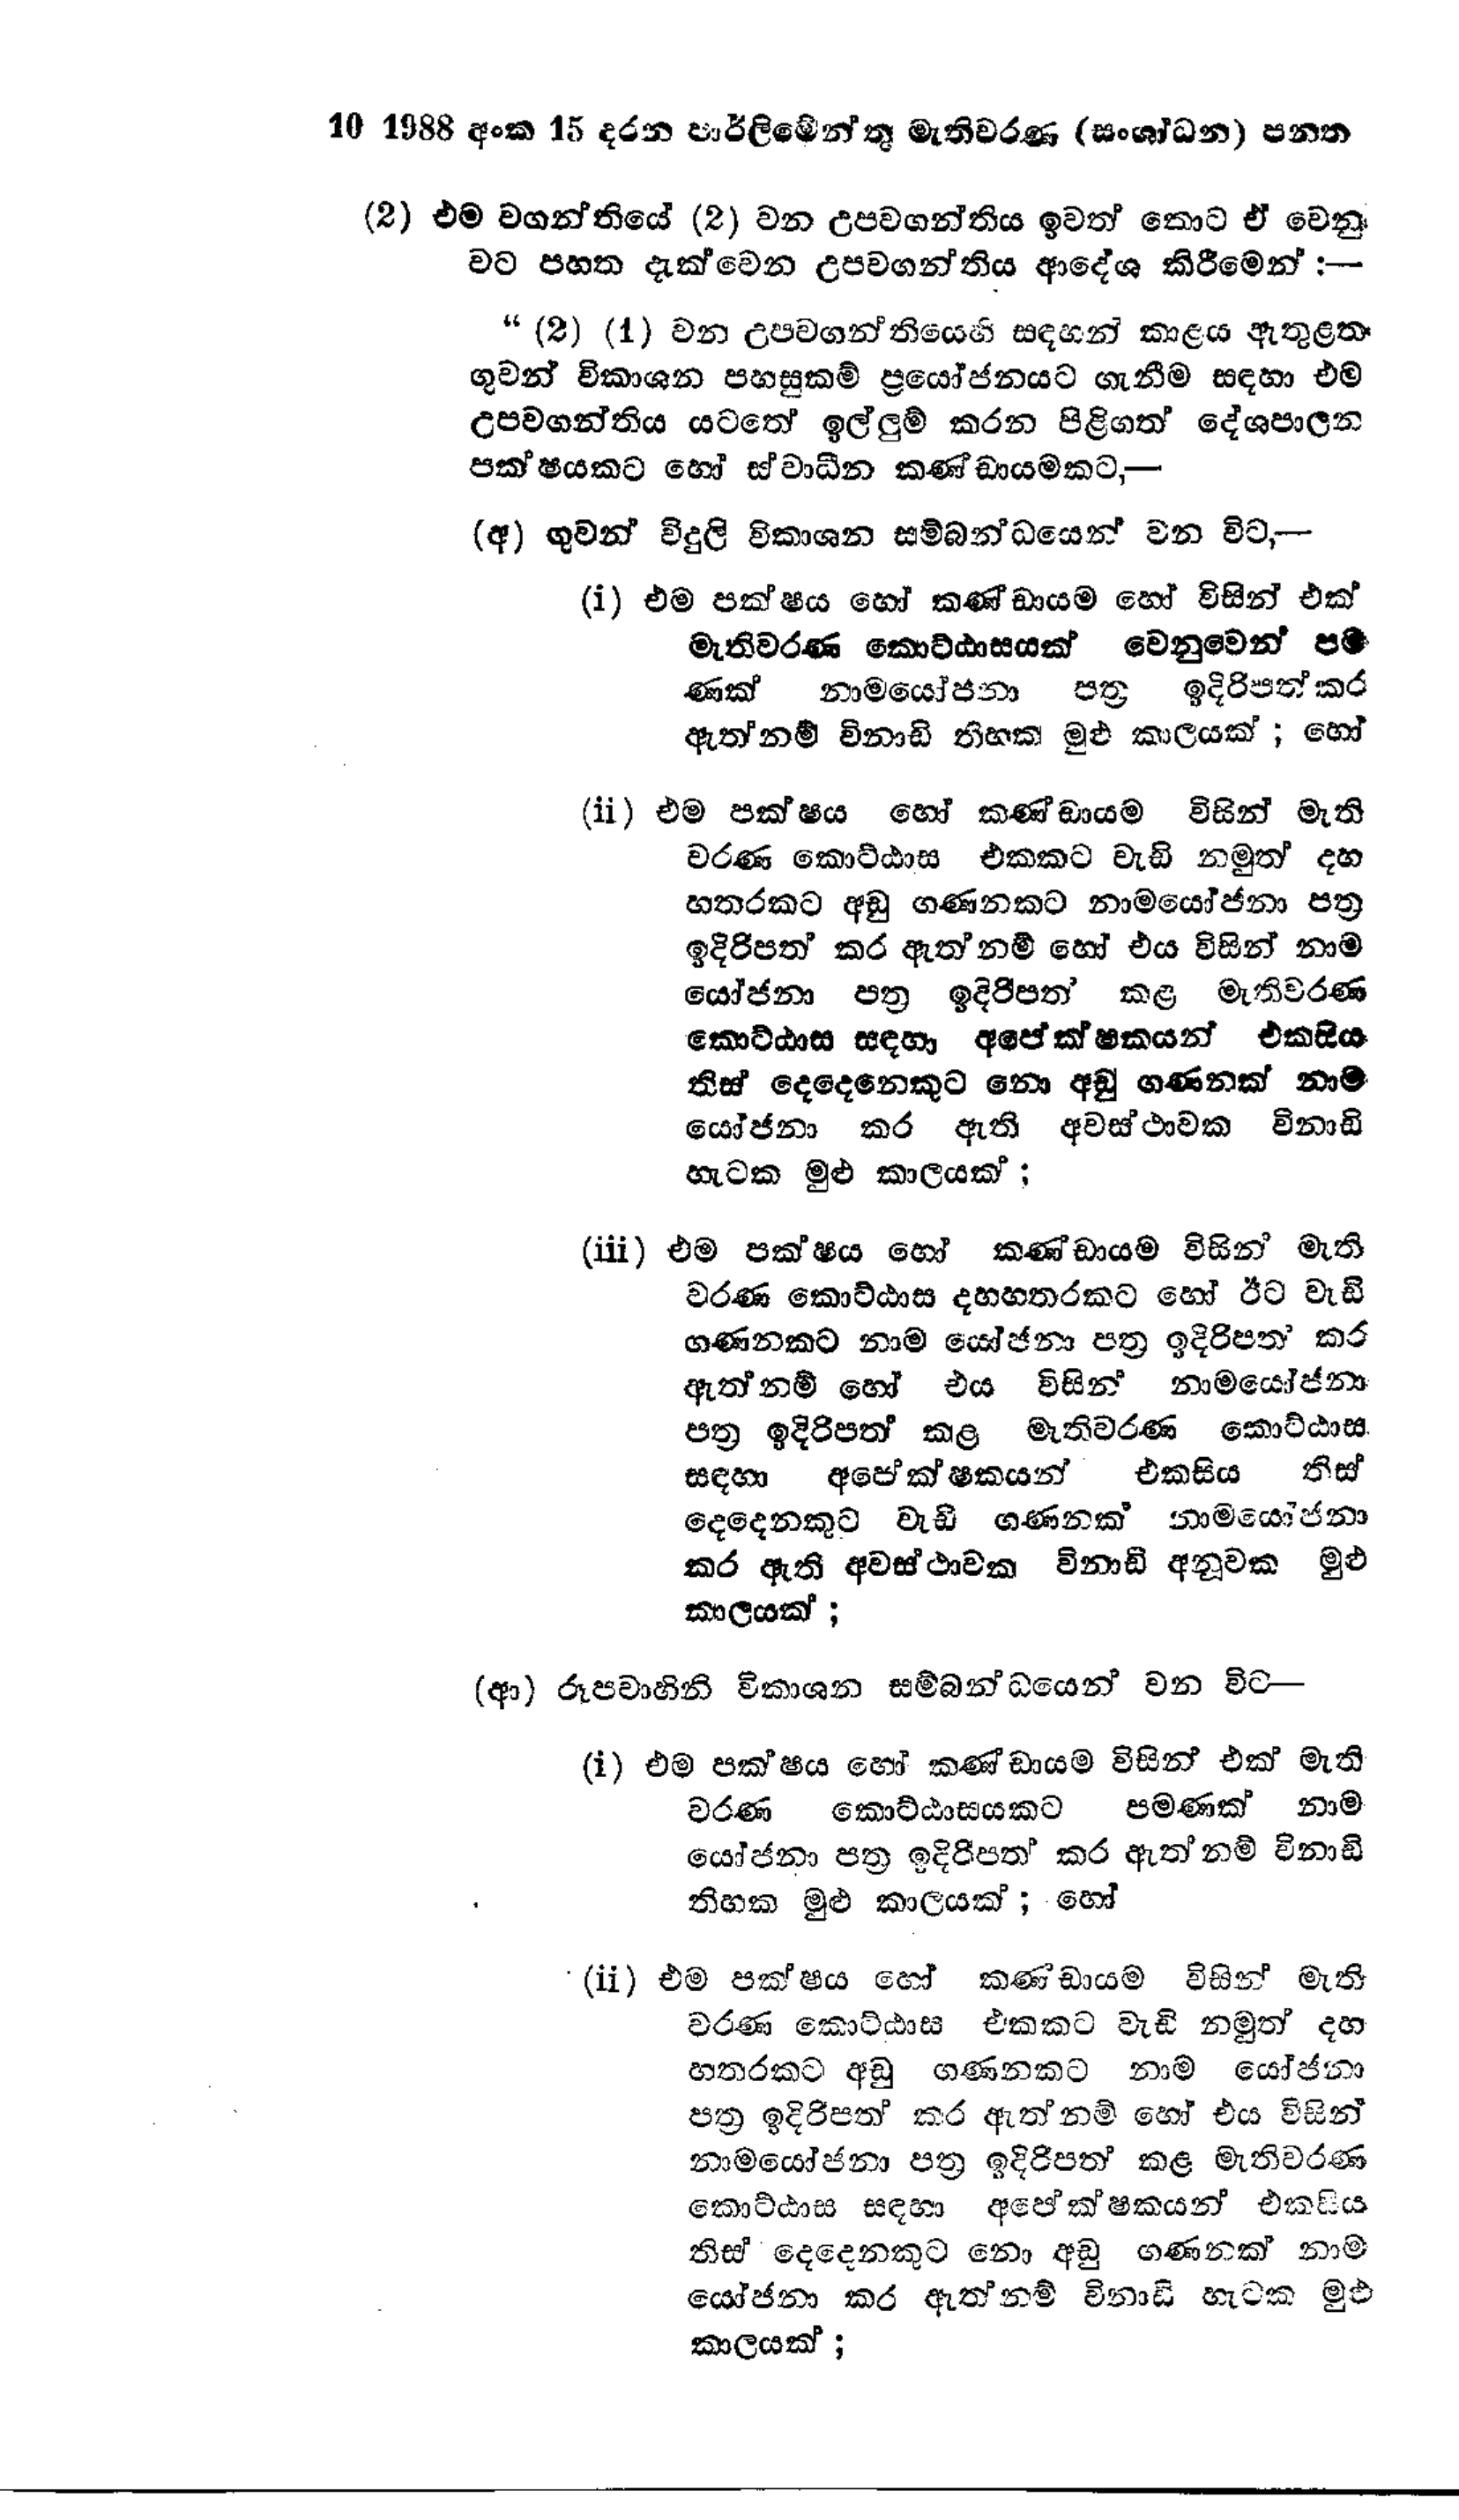
10 1988 අංක 15 දරන පාර්ලිමෙන්තු මැතිවරණ (සංශෝධන) පනත

(2) එම වගන්තියේ (2) වන උපවගන්තිය ඉවත් කොට ඒ වෙනු
වට පහත දැක්වෙන උපවගන්තිය ආදේශ කිරීමෙන් :-

" (2) (1) වන උපවගන්තියෙහි සඳහන් කාළය ඇතුළත
ගුවන් විකාශන පහසුකම් ප්‍රයෝජනයට ගැනීම සඳහා එම
උපවගන්තිය යටතේ ඉල්ලුම් කරන පිළිගත් දේශපාලන
පක‍්ෂයකට හෝ ස්වාධීන කණ්ඩායමකට,-

(අ) ගුවන් විදුලි විකාශන සම්බන්ධයෙන් වන විට -

(i) එම පක්ෂය හෝ කණ්ඩායම හෝ විසින් එක්
මැතිවරණ කොට්ඨාසයක් වෙනුවෙන් පම
ණක් නාමයෝජනා පත්‍ර ඉදිරිපත් කර
ඇත්නම් විනාඩි තිහක මුළු කාලයක් ; හෝ

(ii) එම පක්ෂය හෝ කණ්ඩායම විසින් මැති
වරණ කොට්ඨාස එකකට වැඩි නමුත් දහ
හතරකට අඩු ගණනකට නාමයෝජනා පත්‍ර
ඉදිරිපත් කර ඇත්නම් හෝ එය විසින් නාම
යෝජනා පත්‍ර ඉදිරිපත් කළ මැතිවරණ
කොට්ඨාස සඳහා අපේක්ෂකයන් එකසිය
තිස් දෙදෙනෙකුට නො අඩු ගණනක් නාම
යෝජනා කර ඇති අවස්ථාවක විනාඩි
හැටක මුළු කාලයක්;

(iii) එම පක්ෂය හෝ කණ්ඩායම විසින් මැති
වරණ කොට්ඨාස දහහතරකට හෝ ඊට වැඩි
ගණනකට නාම යෝජනා පත්‍ර ඉදිරිපත් කර
ඇත්නම් හෝ එය විසින් නාමයෝජනා
පත්‍ර ඉදිරිපත් කළ මැතිවරණ කොට්ඨාස
සඳහා අපේක්ෂකයන් එකසිය තිස්
දෙදෙනකුට වැඩි ගණනක් නාමයෝජනා
කර ඇති අවස්ථාවක විනාඩි අනූවක මුළු
කාලයක්:

(ආ) රූපවාහිනි විකාශන සම්බන්ධයෙන් වන විට -

(i) එම පක්ෂය හෝ කණ්ඩායම විසින් එක් මැති
වරණ කොට්ඨාසයකට පමණක් නාම
යෝජනා පත්‍ර ඉදිරිපත් කර ඇත් නම් විනාඩි
තිහක මුළු කාලයක්; හෝ

(ii) එම පක්ෂය හෝ කණ්ඩායම විසින් මැති
වරණ කොට්ඨාස එකකට වැඩි නමුත් දහ
හතරකට අඩු ගණනකට නාම යෝජනා
පත්‍ර ඉදිරිපත් කර ඇත් නම් හෝ එය විසින්
නාමයෝජනා පත්‍ර ඉදිරිපත් කළ මැතිවරණ
කොට්ඨාස සඳහා අපේක්ෂකයන් එකසිය
තිස දෙදෙනකුට නො අඩු ගණනක් නාම
යෝජනා කර ඇත්නම් විනාඩි හැටක මුළු
කාලයක්;